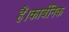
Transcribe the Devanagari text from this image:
हैं।कार्बनिक